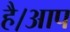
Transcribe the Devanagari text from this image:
है।आप